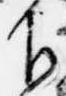
下